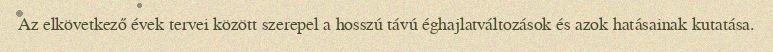
Az elkövetkező évek tervei között szerepel a hosszú távú éghajlatváltozások és azok hatásainak kutatása.